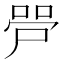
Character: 𫪠